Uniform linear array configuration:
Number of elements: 4
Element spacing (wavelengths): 0.5
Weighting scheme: exponential
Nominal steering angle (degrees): -60
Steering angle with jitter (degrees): -61.757
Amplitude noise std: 0.05
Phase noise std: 0.05

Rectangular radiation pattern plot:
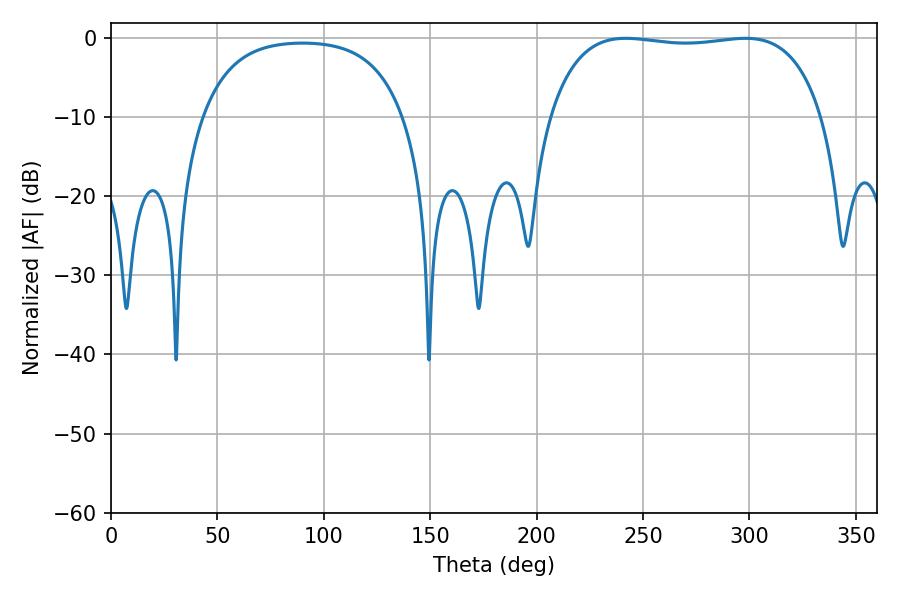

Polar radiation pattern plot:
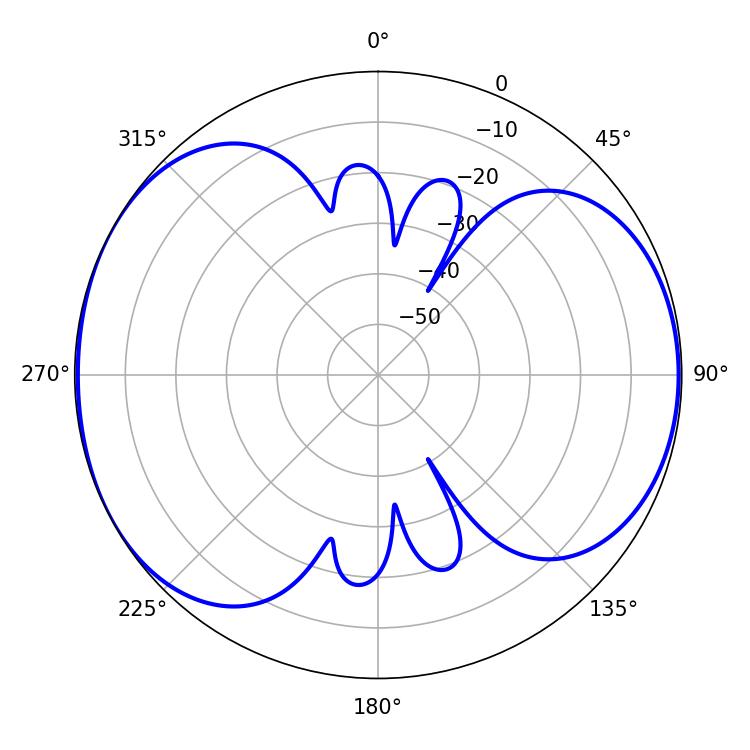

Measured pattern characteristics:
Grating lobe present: FALSE
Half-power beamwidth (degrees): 102.6
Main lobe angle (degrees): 241.92